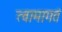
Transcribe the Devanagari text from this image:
त्वामागतं